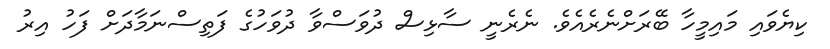
ކިޔެވައި މައިމީހާ ބޭރަށްނެރެއެވެ. ނެރެނީ ސާޅިސް ދުވަސްވާ ދުވަހުގެ ފަތިސްނަމާދަށް ފަހު އިރު